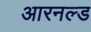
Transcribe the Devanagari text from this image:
आरनल्‍ड